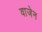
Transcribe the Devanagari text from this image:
वाजेन